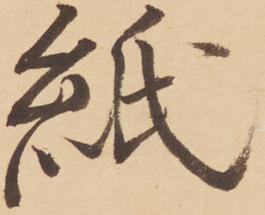
紙